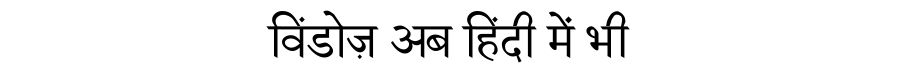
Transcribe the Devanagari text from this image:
विंडोज़ अब हिंदी में भी